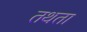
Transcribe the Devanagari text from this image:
तथता